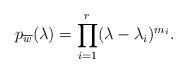
LaTeX: \begin{align*}p_{\overline{w}}(\lambda )=\prod\limits_{i=1}^r(\lambda -\lambda _i)^{m_i}.\end{align*}